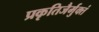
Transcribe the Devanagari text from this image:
प्रकृतिजैर्मुक्तं